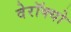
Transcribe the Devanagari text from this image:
वेरॉक्यो